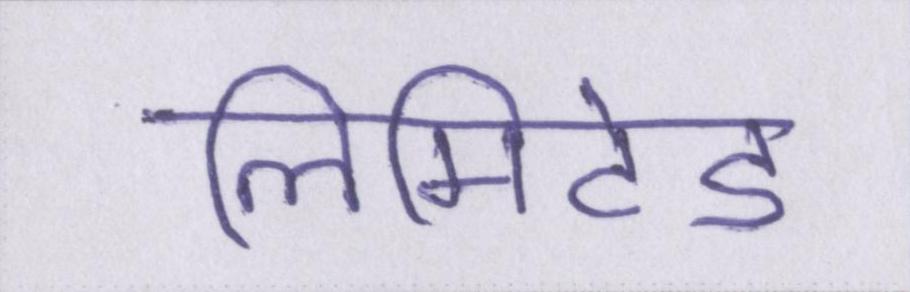
लिमिटेड